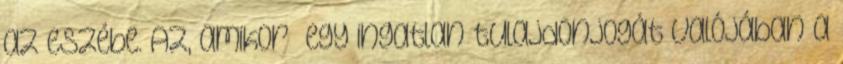
az eszébe. Az, amikor „egy ingatlan tulajdonjogát valójában a